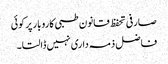
صارفی تحفظ قانون طبی کاروبار پر کوئی
فاضل ذمہ داری نہیں ڈالتا۔